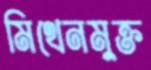
মিথেনমুক্ত